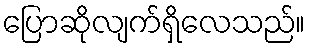
ပြောဆိုလျက်ရှိလေသည်။